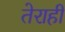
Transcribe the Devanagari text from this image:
तेराही